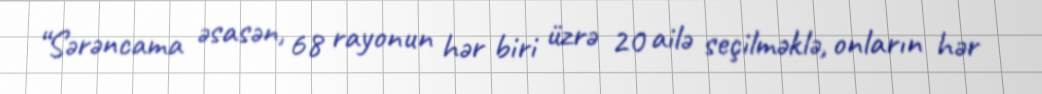
“Sərəncama əsasən, 68 rayonun hər biri üzrə 20 ailə seçilməklə, onların hər